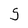
Character: S